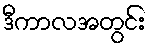
ဒီကာလအတွင်း